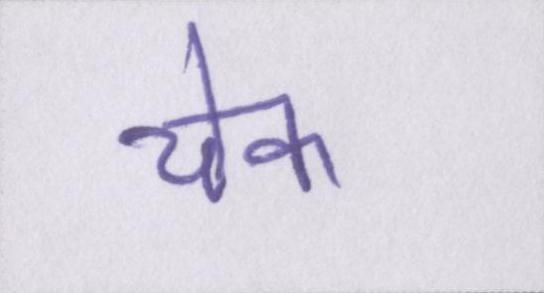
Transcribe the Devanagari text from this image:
चेक